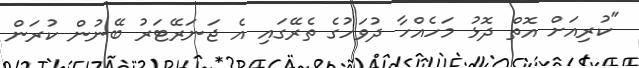
"ކުރިއަށް އޮތް ދޮޅު މަހެއްހާ ދުވަހުގެ ތެރޭގައި އެ ޖަނަރޭޓަރު ބޭނުން ކުރަން